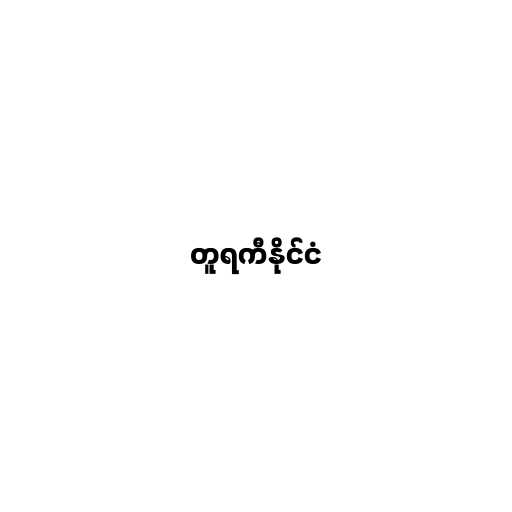
တူရကီနိုင်ငံ